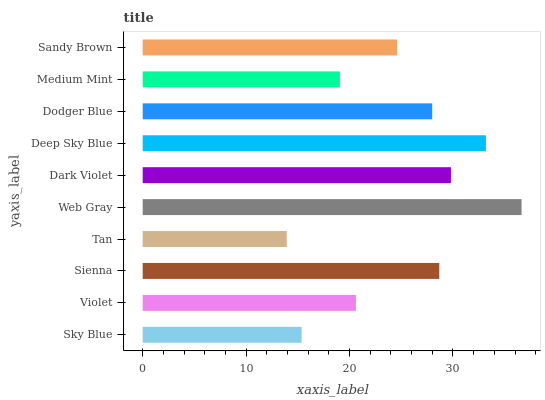
| yaxis_label | bars |
 | --- | --- |
 | Sky Blue | 15.4 |
 | Violet | 20.6 |
 | Sienna | 28.7 |
 | Tan | 13.9 |
 | Web Gray | 36.6 |
 | Dark Violet | 29.8 |
 | Deep Sky Blue | 33.2 |
 | Dodger Blue | 28 |
 | Medium Mint | 19.1 |
 | Sandy Brown | 24.6 |